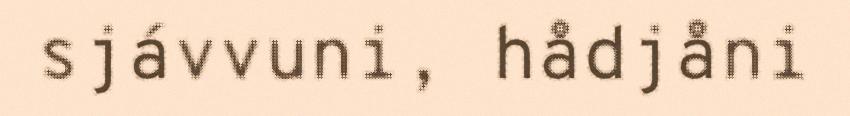
sjávvuni, hådjåni